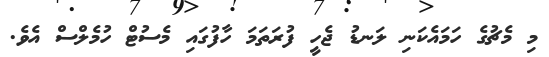
މި މެޗުގެ ހަމައެކަނި ލަނޑު ޖެހީ ފުރަތަމަ ހާފުގައި މެސުޓް ހުމެލްސް އެވެ.